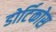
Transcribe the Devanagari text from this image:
डोर्टिकोस